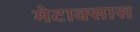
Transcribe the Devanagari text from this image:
मेटाक्सास